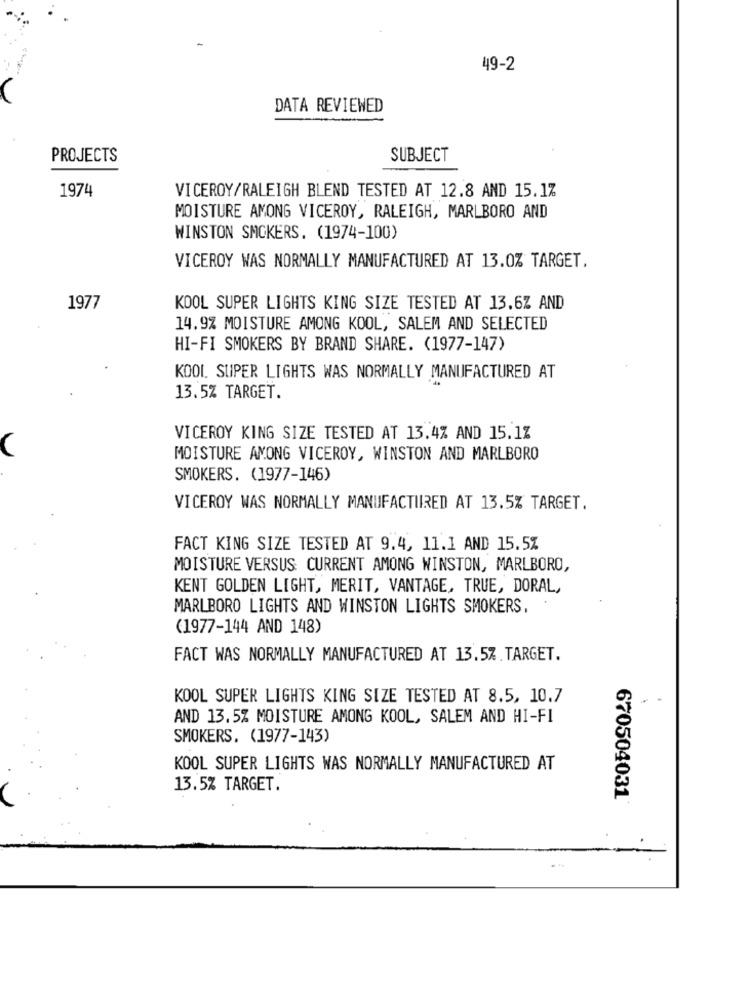
49-2
DATA REVIEWED
PROJECTS
SUBJECT
1974
VICEROY/RALEIGH BLEND TESTED AT 12.8 AND 15.1%
MOISTURE AMONG VICEROY, RALEIGH, MARLBORO AND
WINSTON SMCKERS. (1974-100)
VICEROY WAS NORMALLY MANUFACTURED AT 13.0% TARGET.
1977
KOOL SUPER LIGHTS KING SIZE TESTED AT 13.6% AND
14.9% MOISTURE AMONG KOOL, SALEM AND SELECTED
HI-FI SMOKERS BY BRAND SHARE. (1977-147)
KOOL SUPER LIGHTS WAS NORMALLY MANUFACTURED AT
13.5% TARGET.
VICEROY KING SIZE TESTED AT 13.4% AND 15.1%
MOISTURE AMONG VICEROY, WINSTON AND MARLBORO
SMOKERS. (1977-146)
VICEROY WAS NORMALLY MANUFACTURED AT 13.5% TARGET.
FACT KING SIZE TESTED AT 9.4, 11.1 AND 15.5%
MOISTURE VERSUS CURRENT AMONG WINSTON, MARLBORO,
KENT GOLDEN LIGHT, MERIT, VANTAGE, TRUE, DORAL,
MARLBORO LIGHTS AND WINSTON LIGHTS SMOKERS,
(1977-144 AND 148)
FACT WAS NORMALLY MANUFACTURED AT 13.5%.TARGET.
KOOL SUPER LIGHTS KING SIZE TESTED AT 8.5, 10.7
.
AND 13.5% MOISTURE AMONG KOOL, SALEM AND HI-FI
SMOKERS. (1977-143)
KOOL SUPER LIGHTS WAS NORMALLY MANUFACTURED AT
13.5% TARGET.
670504031